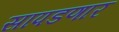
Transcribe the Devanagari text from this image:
सापडणार